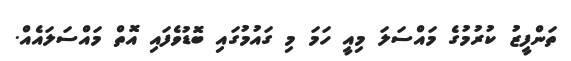
ތަންފީޒު ކުރުމުގެ މައްސަލަ މިއީ ހަމަ މި ގައުމުގައި ބޮޑުވެފައި އޮތް މައްސަލައެއް.